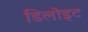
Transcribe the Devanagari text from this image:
डिलोइट